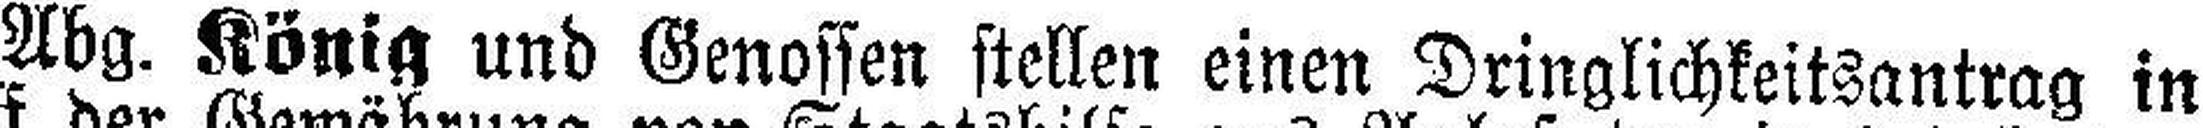
Abg. König und Genossen stellen einen Dringlichkeitsantrag in